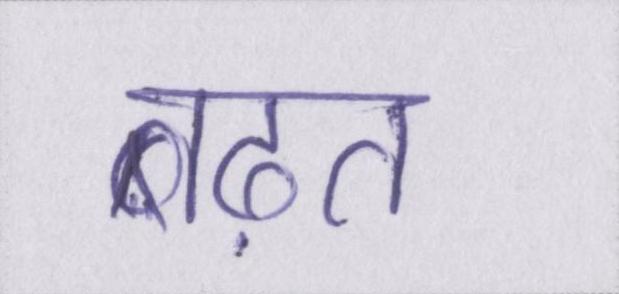
बढ़त